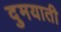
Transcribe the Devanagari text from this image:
दुमयाती